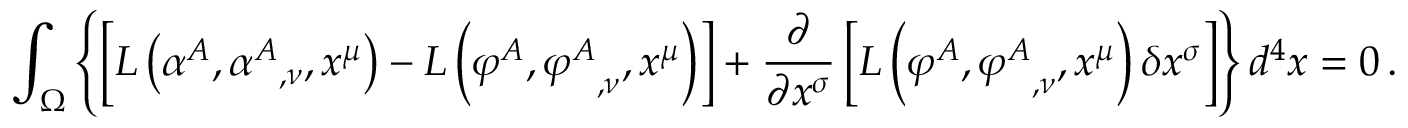
\int _ { \Omega } \left\{ \left[ L \left( \alpha ^ { A } , { \alpha ^ { A } } _ { , \nu } , x ^ { \mu } \right) - L \left( \varphi ^ { A } , { \varphi ^ { A } } _ { , \nu } , x ^ { \mu } \right) \right] + { \frac { \partial } { \partial x ^ { \sigma } } } \left[ L \left( \varphi ^ { A } , { \varphi ^ { A } } _ { , \nu } , x ^ { \mu } \right) \delta x ^ { \sigma } \right] \right\} d ^ { 4 } x = 0 \, .